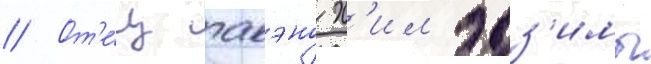
// От'е́ц акэно х'имэдз'имы